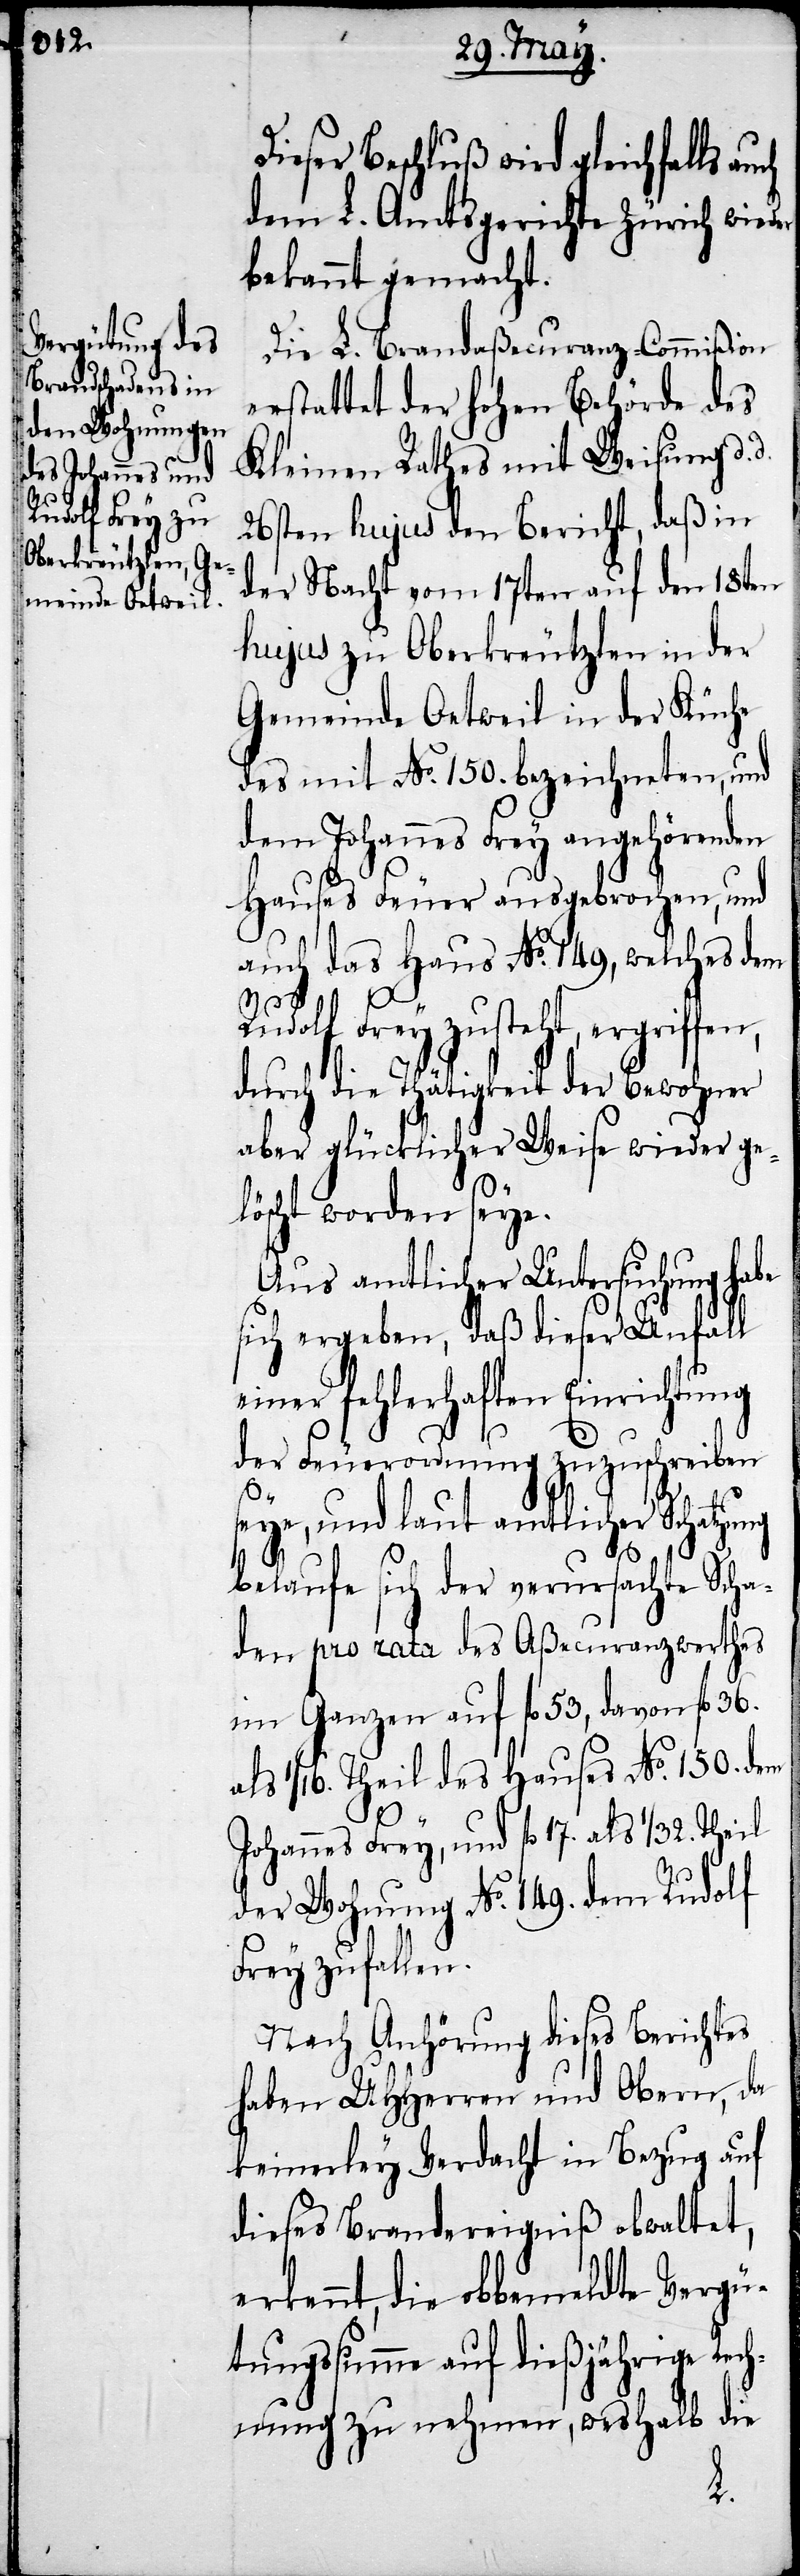
ieser Beschluß wird gleichfalls
dem L. Amtsgerichte Zürich wieder
bekannt gemacht.
Die L. Brandaßecuranz-Commißion
erstattet der hohe Behörde des
Kleinen Rathes mit Weisung d.
26sten hujus den Bericht, daß in
der Nacht vom 17ten auf den 18ten
hujus zu Oberkreutzlen in der
Gemeinde Oetweil in der Küche
des mit No. 150. bezeichneten, und
dem Johannes Frey angehörenden
Hauses Feuer ausgebrochen, und
auch das Haus No. 149, welches dem
Rudolf Frey zusteht, ergriffen,
durch die Thätigkeit der Bewohner
aber glücklicher Weise wieder ge¬
löscht worden seye.
Aus amtlicher Untersuchung habe
sich ergeben, daß dieser Unfall
einer fehlerhaften Einrichtung
der Feuerordnung zuzuschreiben
seye, und laut amtlicher Schatzung
belaufe sich der verursachte Scha¬
den pro rata des Aßecuranzwerthes
im Ganzen auf fl. 53, davon fl. 36.
als 1/16. Theil des Hauses No. 150. dem
Johannes Frey, und fl. 17. als 1/32. Theil
der Wohnung No. 149. dem Rudolf
Frey zufallen.
Nach Anhörung dieses Berichtes
haben UHHerren und Obern, da
keinerley Verdacht in Bezug auf
dieses Brandereigniß obwaltet,
erkennt, die obbemeldte Vergü¬
tungssumme auf dießjährige Rech¬
nung zu nehmen, weshalb die
d.